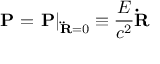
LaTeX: { \bf P } = \left. { \bf P } \right| _ { { \bf \ddot { R } } = 0 } \equiv \frac { E } { c ^ { 2 } } { \bf \dot { R } }